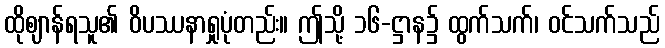
ထိုဈာန်ရသူ၏ ဝိပဿနာရှုပုံတည်း။ ဤသို့ ၁၆-ဋ္ဌာန၌ ထွက်သက်၊ ဝင်သက်သည်